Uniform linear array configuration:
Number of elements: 16
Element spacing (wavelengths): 1
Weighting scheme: hann
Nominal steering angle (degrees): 30
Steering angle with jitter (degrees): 31.423
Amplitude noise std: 0.05
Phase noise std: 0.05

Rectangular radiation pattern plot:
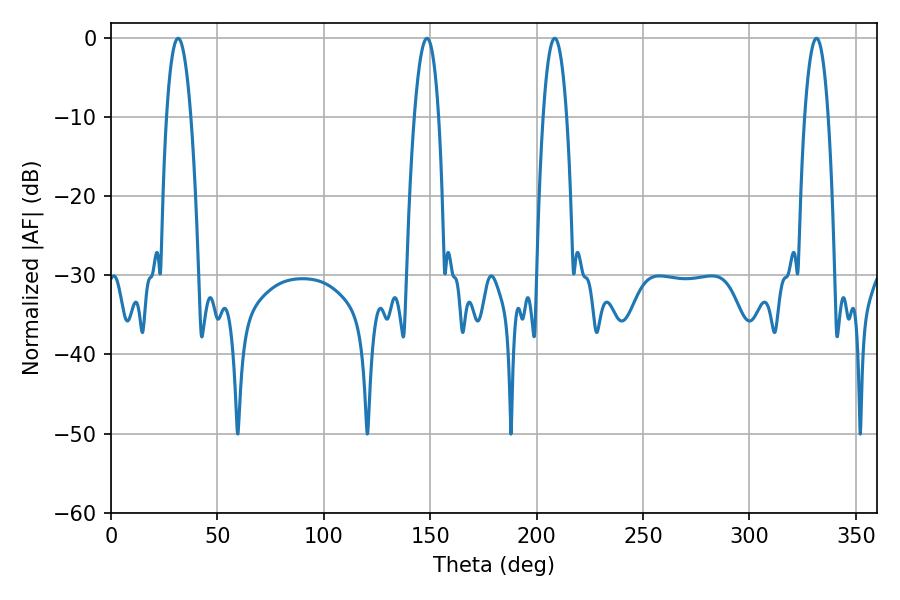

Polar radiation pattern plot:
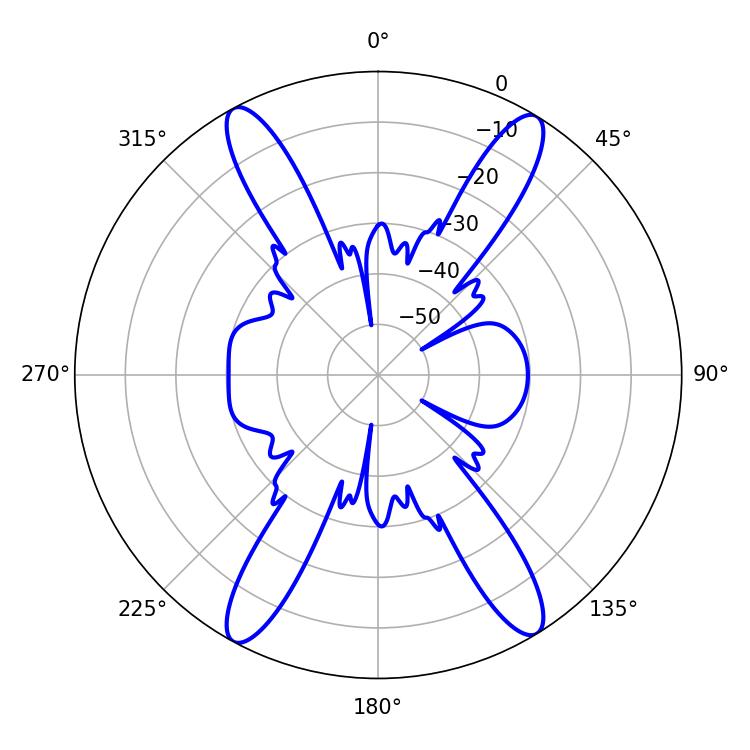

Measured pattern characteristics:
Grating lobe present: TRUE
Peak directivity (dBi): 21.365
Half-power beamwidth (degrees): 6.3
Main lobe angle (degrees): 148.5